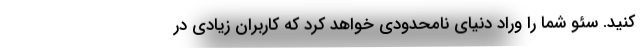
کنید. سئو شما را وراد دنیای نامحدودی خواهد کرد که کاربران زیادی در